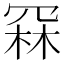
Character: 𮰅